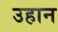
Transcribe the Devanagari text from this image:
उहान